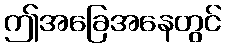
ဤအခြေအနေတွင်